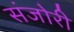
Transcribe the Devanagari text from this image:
संजोरी